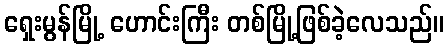
ရှေးမွန်မြို့ ဟောင်းကြီး တစ်မြို့ဖြစ်ခဲ့လေသည်။